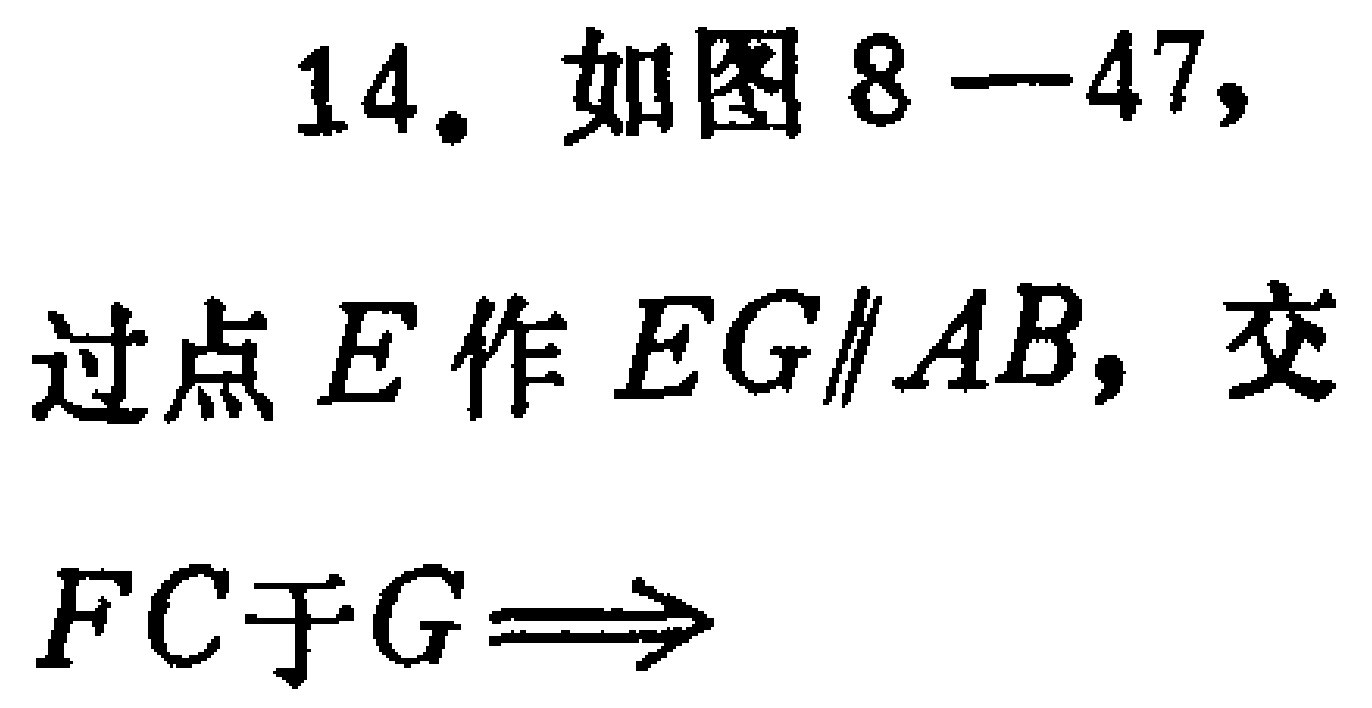
14. 如图8—47，过点\(E\)作\(EG\parallel AB\)，交\(FC\)于\(G\)\(\Longrightarrow\)